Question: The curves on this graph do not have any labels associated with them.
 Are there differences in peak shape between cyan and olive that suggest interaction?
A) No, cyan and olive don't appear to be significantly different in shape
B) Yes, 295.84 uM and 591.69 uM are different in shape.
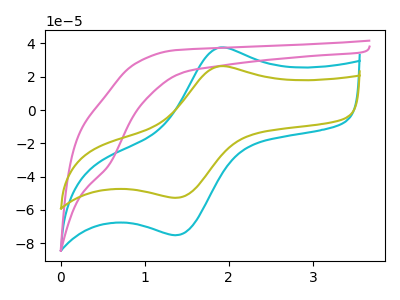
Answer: <think>The cyan curve "cyan" has an anodic peak at (1.90V, 37.40uA) and a cathodic peak at (1.35V, -75.20uA). The pink curve "pink" has a cathodic peak at: (0.60V, -32.35uA). The olive curve "olive" has an anodic peak at (1.90V, 26.25uA) and a cathodic peak at (1.35V, -52.75uA).
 All the peaks in "cyan" have a peak in "olive" at the same potential. Every peak in "cyan" is higher than every peak in "olive".</think>
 <answer>A) No, "cyan" and "olive" don't appear to be significantly different in shape</answer>
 <eval>A</eval>